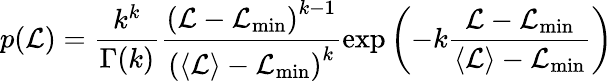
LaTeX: p(\mathcal{L})=\frac{k^{k}}{\Gamma(k)}\frac{\left(\mathcal{L}-\mathcal{L}_{\mathrm{min}}\right)^{k-1}}{\left(\langle\mathcal{L}\rangle-\mathcal{L}_{\mathrm{min}}\right)^{k}}\exp{\left(-k\frac{\mathcal{L}-\mathcal{L}_{\mathrm{min}}}{\langle\mathcal{L}\rangle-\mathcal{L}_{\mathrm{min}}}\right)}